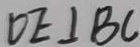
O E \bot B C